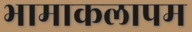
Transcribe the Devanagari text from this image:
भामाकलापम